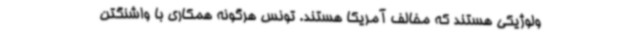
ولوژیکی هستند که مخالف آمریکا هستند. تونس هرگونه همکاری با واشنگتن